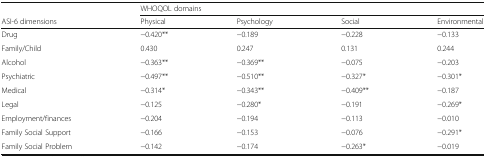
<table><thead><tr><td>[EMPTY_CELL]</td><td colspan="4"><b>WHOQOL domains</b></td></tr><tr><td><b>ASI-6 dimensions</b></td><td><b>Physical</b></td><td><b>Psychology</b></td><td><b>Social</b></td><td><b>Environmental</b></td></tr></thead><tbody><tr><td>Drug</td><td>−0.420**</td><td>−0.189</td><td>−0.228</td><td>−0.133</td></tr><tr><td>Family/Child</td><td>0.430</td><td>0.247</td><td>0.131</td><td>0.244</td></tr><tr><td>Alcohol</td><td>−0.363**</td><td>−0.369**</td><td>−0.075</td><td>−0.203</td></tr><tr><td>Psychiatric</td><td>−0.497**</td><td>−0.510**</td><td>−0.327*</td><td>−0.301*</td></tr><tr><td>Medical</td><td>−0.314*</td><td>−0.343**</td><td>−0.409**</td><td>−0.187</td></tr><tr><td>Legal</td><td>−0.125</td><td>−0.280*</td><td>−0.191</td><td>−0.269*</td></tr><tr><td>Employment/finances</td><td>−0.204</td><td>−0.194</td><td>−0.113</td><td>−0.010</td></tr><tr><td>Family Social Support</td><td>−0.166</td><td>−0.153</td><td>−0.076</td><td>−0.291*</td></tr><tr><td>Family Social Problem</td><td>−0.142</td><td>−0.174</td><td>−0.263*</td><td>−0.019</td></tr></tbody></table>